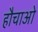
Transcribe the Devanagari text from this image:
हौचाओ